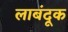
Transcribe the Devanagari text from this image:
लाबंदूक